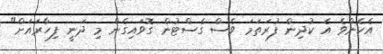
އެހެންވެ އެ ކުދިން ފުރަތަމަ ވެސް ގެސްޓުން ގޮވައިގެން މި ދަނީ ފިހާރައަށް"